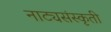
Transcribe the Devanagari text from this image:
नाट्यसंस्कृती